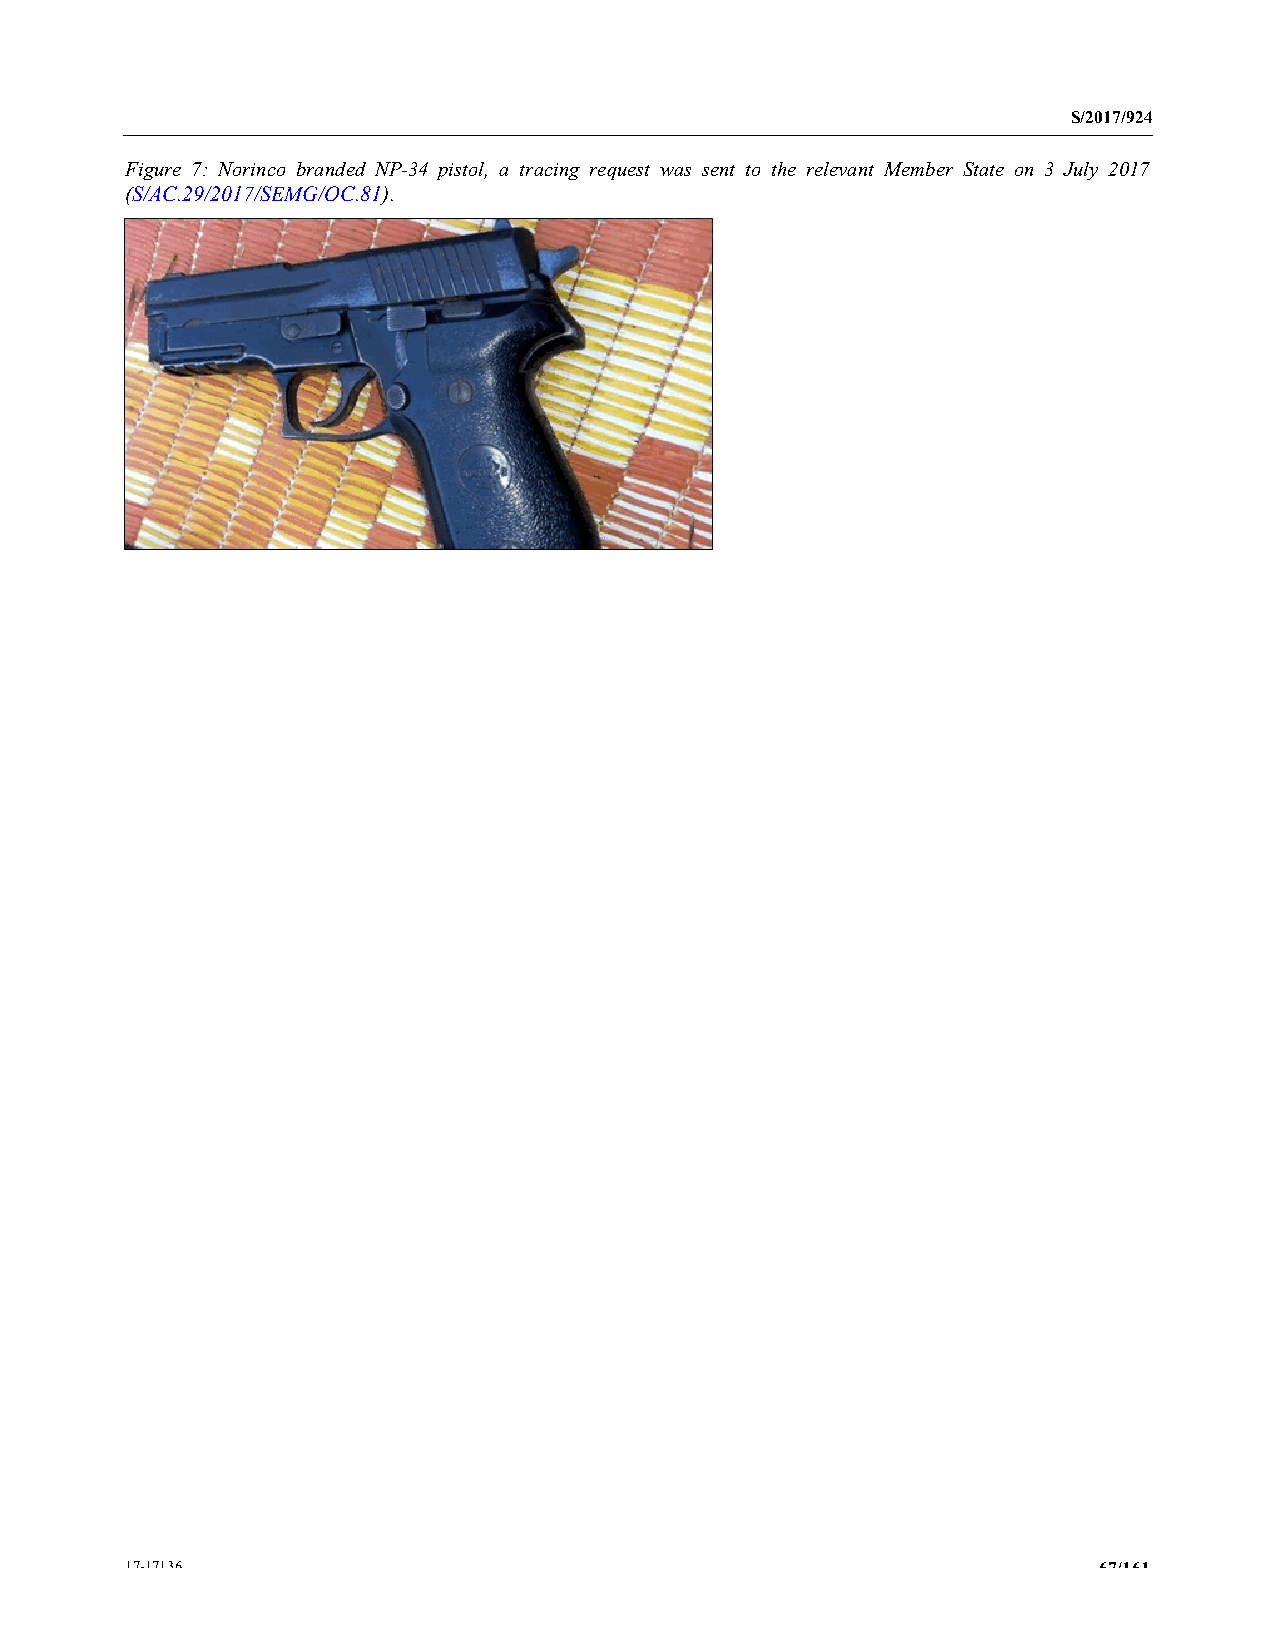
S/2017/924
 Figure 7: Norinco branded NP-34 pistol, a tracing request was sent to the relevant Member State on 3 July 2017
 (S/AC.29/2017/SEMG/OC.81).
 17-17136                                                         67/161